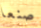
صنعا